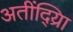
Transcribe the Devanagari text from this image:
अतींद्य्राि